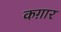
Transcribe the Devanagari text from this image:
कग़ार